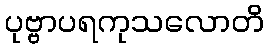
ပုဗ္ဗာပရကုသလောတိ